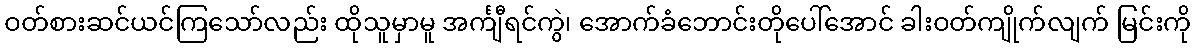
ဝတ်စားဆင်ယင်ကြသော်လည်း ထိုသူမှာမူ အင်္ကျီရင်ကွဲ၊ အောက်ခံဘောင်းတိုပေါ်အောင် ခါးဝတ်ကျိုက်လျက် မြင်းကို